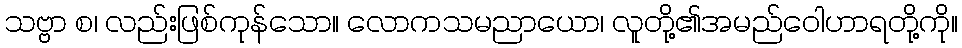
သဗ္ဗာ စ၊ လည်းဖြစ်ကုန်သော။ လောကသမညာယော၊ လူတို့၏အမည်ဝေါဟာရတို့ကို။